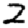
Digit: 2